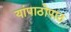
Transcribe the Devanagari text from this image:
यांपाठोपाठ